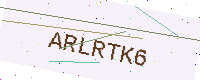
Text: ARLRTK6